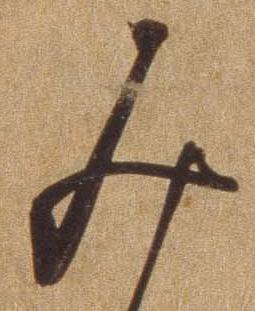
み